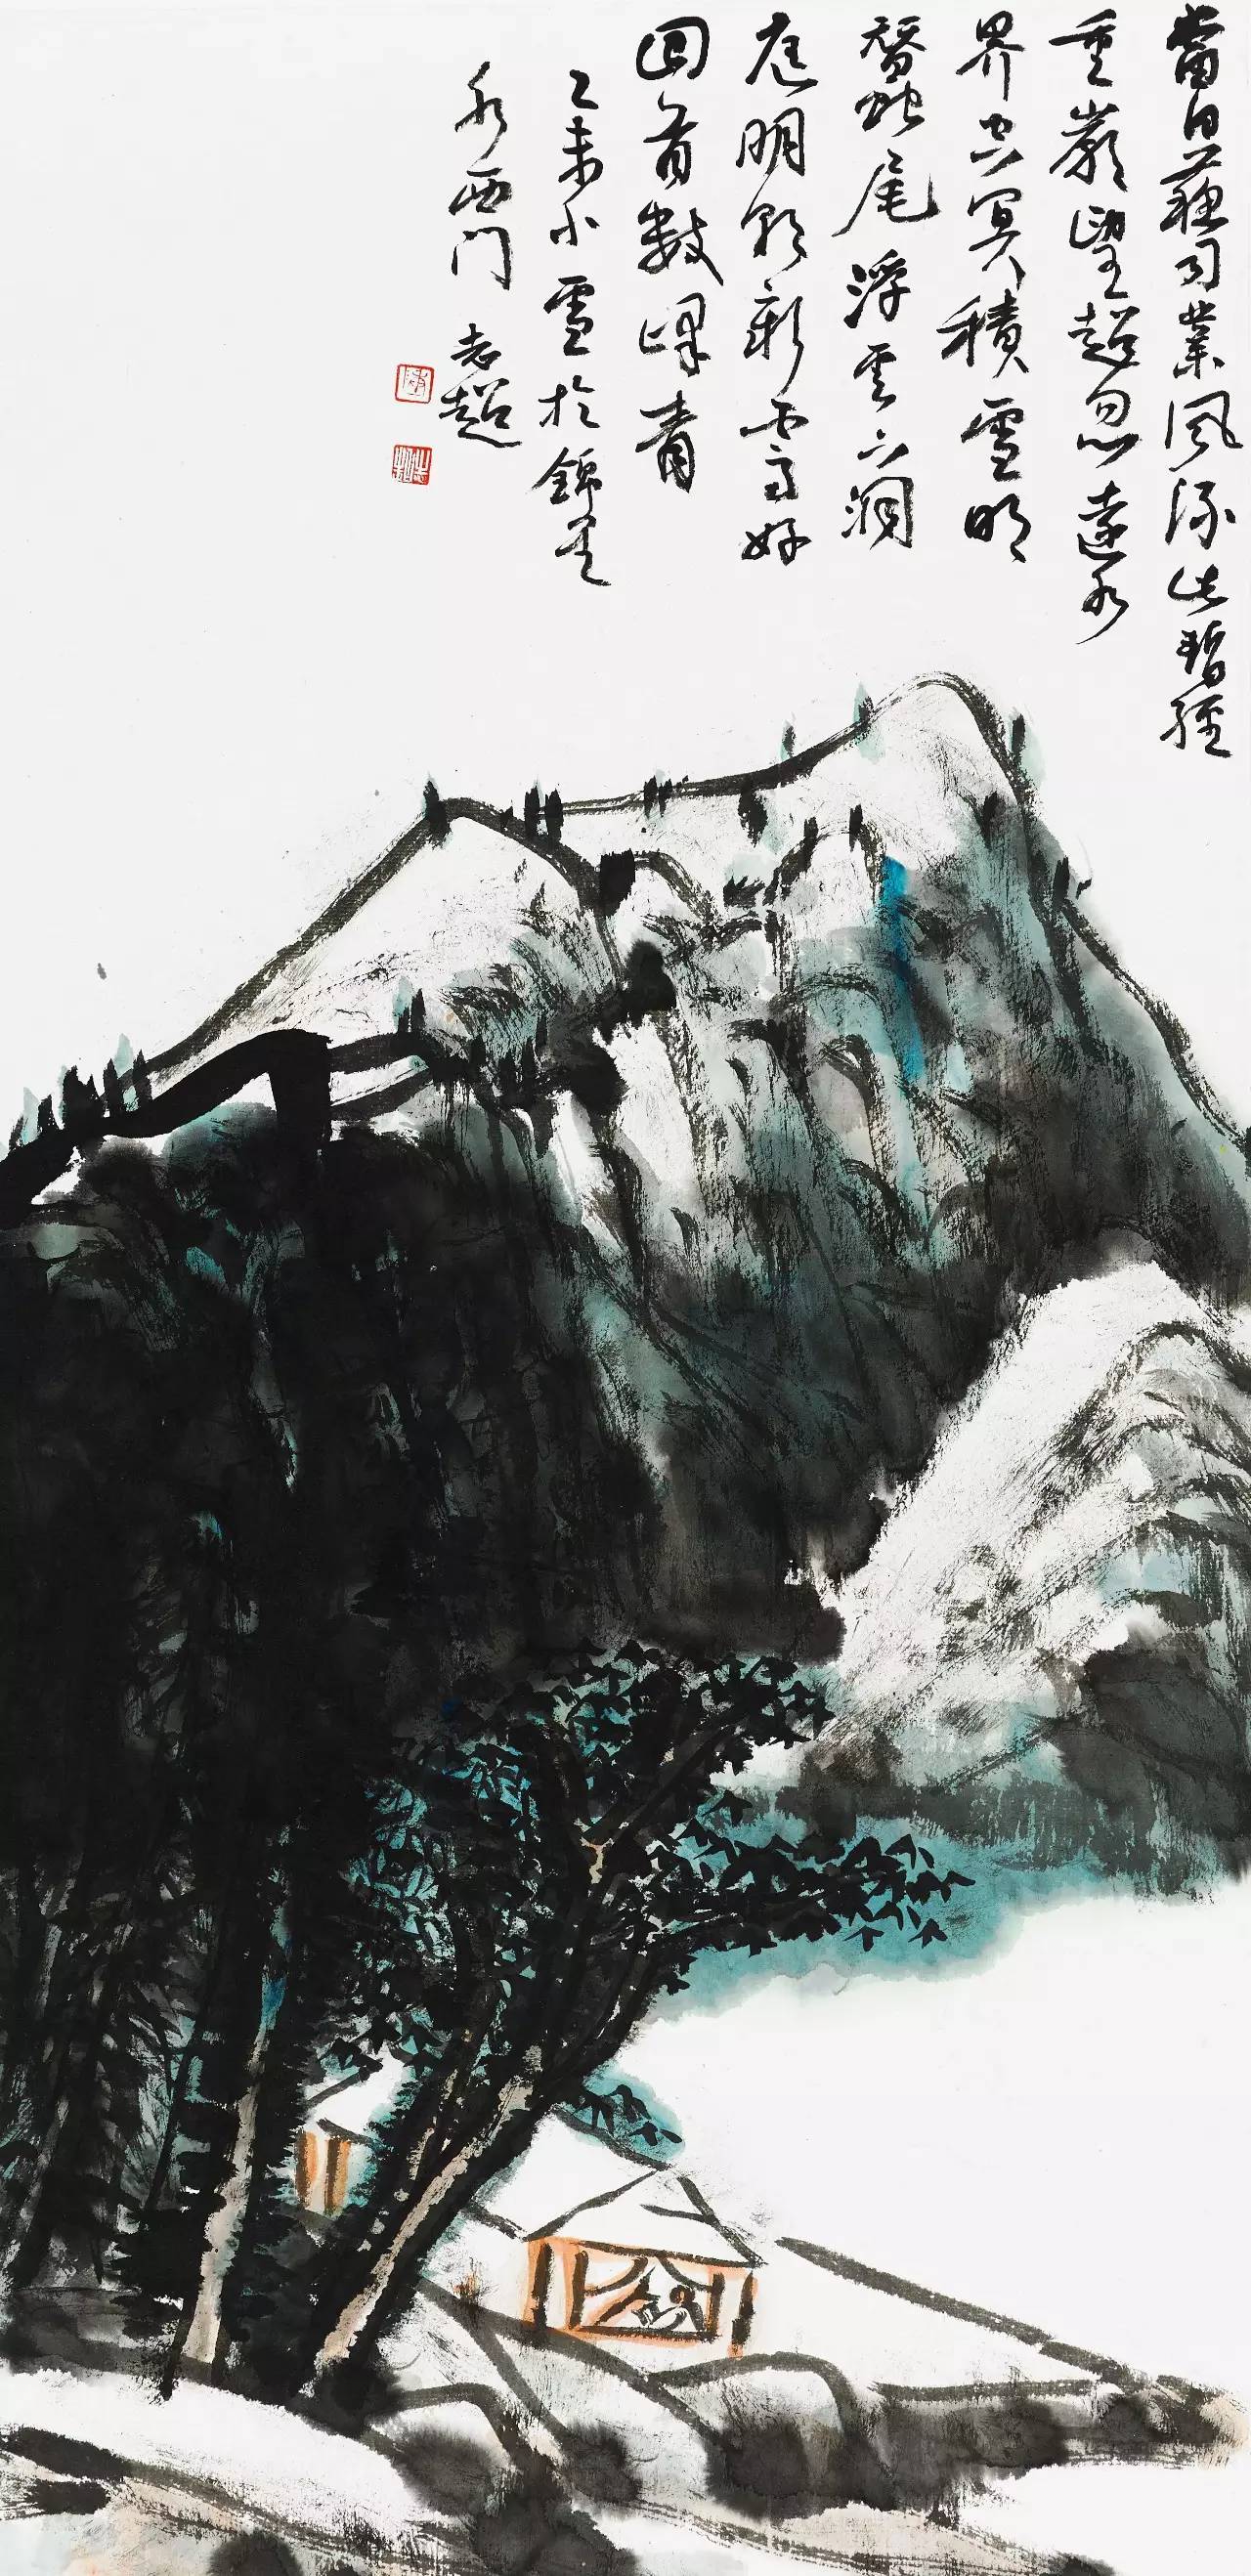
记得短亭归马，暮衙蜂闹。